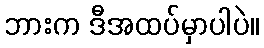
ဘားက ဒီအထပ်မှာပါပဲ။